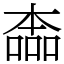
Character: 㮺